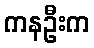
ကနဦးက